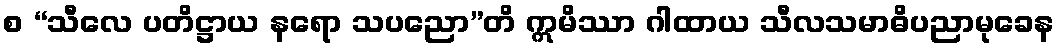
စ “သီလေ ပတိဋ္ဌာယ နရော သပညော”တိ ဣမိဿာ ဂါထာယ သီလသမာဓိပညာမုခေန